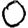
Digit: 0